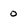
Character: 0